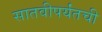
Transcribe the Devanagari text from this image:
सातवीपर्यंतची